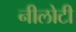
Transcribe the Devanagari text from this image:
नीलोटी